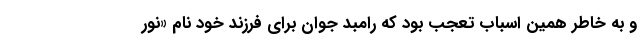
و به خاطر همین اسباب تعجب بود که رامبد جوان برای فرزند خود نام «نور